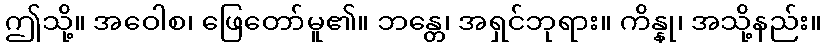
ဤသို့။ အဝေါစ၊ ဖြေတော်မူ၏။ ဘန္တေ၊ အရှင်ဘုရား။ ကိန္နု၊ အသို့နည်း။